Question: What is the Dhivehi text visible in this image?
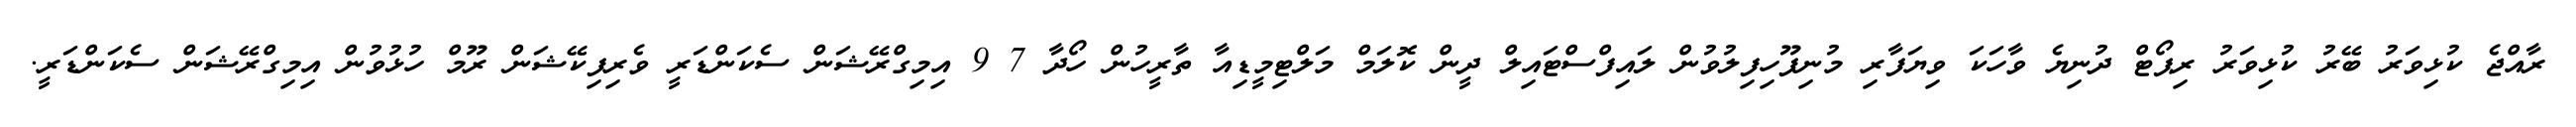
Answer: ރާއްޖެ ކުޅިވަރު ބޭރު ކުޅިވަރު ރިޕޯޓް ދުނިޔެ ވާހަކަ ވިޔަފާރި މުނިފޫހިފިލުވުން ލައިފްސްޓައިލް ދީން ކޮލަމް މަލްޓިމީޑިއާ ތާރީހުން ހޯދާ 7 9 އިމިގްރޭޝަން ސެކަންޑަރީ ވެރިފިކޭޝަން ރޫމް ހުޅުވުން އިމިގްރޭޝަން ސެކަންޑަރީ.